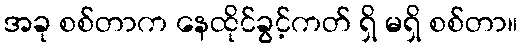
အခု စစ်တာက နေထိုင်ခွင့်ကတ် ရှိ မရှိ စစ်တာ။